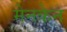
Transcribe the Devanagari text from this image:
मेनकेन